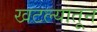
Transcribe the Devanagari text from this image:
खटल्यातून